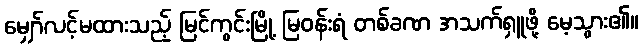
မျှော်လင့်မထားသည့် မြင်ကွင်းမြို့ မြဝန်းရံ တစ်ခဏ အသက်ရှူဖို့ မေ့သွား၏။